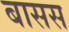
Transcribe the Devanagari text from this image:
बासस